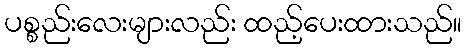
ပစ္စည်းလေးများလည်း ထည့်ပေးထားသည်။